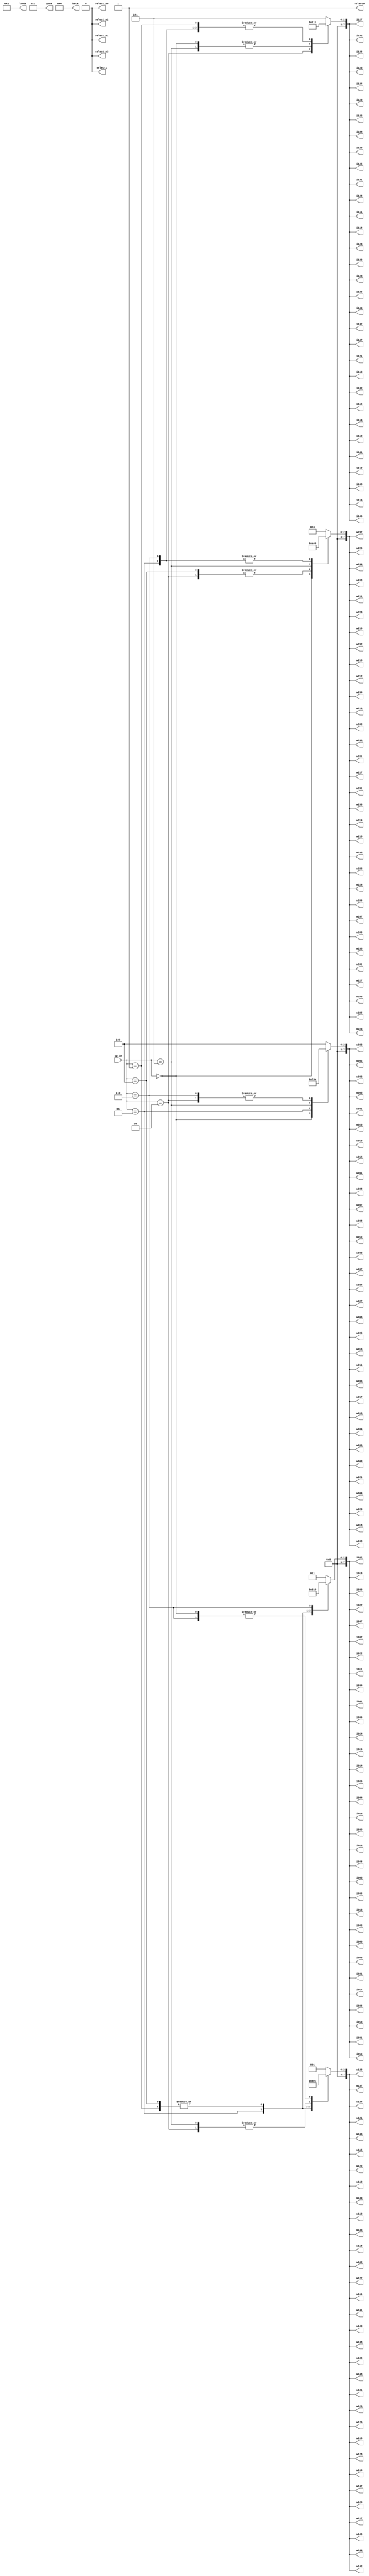
module GC_IN(sw_in,i011,i012,i013,i014,i015,i016,i017,i018,i021,i022,i023,i024,i025,i026,i027,i028,i031,i032,i033,i034,i035,i036,i037,i038,i041,i042,i043,i044,i045,i046,i047,i048
,i111,i112,i113,i114,i115,i116,i117,i118,i121,i122,i123,i124,i125,i126,i127,i128,i131,i132,i133,i134,i135,i136,i137,i138,i141,i142,i143,i144,i145,i146,i147,i148
,w011,w012,w013,w014,w015,w016,w017,w018,w021,w022,w023,w024,w025,w026,w027,w028,w031,w032,w033,w034,w035,w036,w037,w038,w041,w042,w043,w044,w045,w046,w047,w048
,w111,w112,w113,w114,w115,w116,w117,w118,w121,w122,w123,w124,w125,w126,w127,w128,w131,w132,w133,w134,w135,w136,w137,w138,w141,w142,w143,w144,w145,w146,w147,w148
,w211,w212,w213,w214,w215,w216,w217,w218,w221,w222,w223,w224,w225,w226,w227,w228,w231,w232,w233,w234,w235,w236,w237,w238,w241,w242,w243,w244,w245,w246,w247,w248
,lunda,gama,beta,select_m0,select_m1,select_m2,select_m3,select0,select1);
parameter N=8;

input [2:0]sw_in;

//Select and reset,clk
output reg select_m0,select_m1,select_m2,select_m3,select0,select1;

//Port
output reg[N-1:0]
//input
i011,i012,i013,i014,i015,i016,i017,i018,i021,i022,i023,i024,i025,i026,i027,i028,i031,i032,i033,i034,i035,i036,i037,i038,i041,i042,i043,i044,i045,i046,i047,i048
,i111,i112,i113,i114,i115,i116,i117,i118,i121,i122,i123,i124,i125,i126,i127,i128,i131,i132,i133,i134,i135,i136,i137,i138,i141,i142,i143,i144,i145,i146,i147,i148
//weight
,w011,w012,w013,w014,w015,w016,w017,w018,w021,w022,w023,w024,w025,w026,w027,w028,w031,w032,w033,w034,w035,w036,w037,w038,w041,w042,w043,w044,w045,w046,w047,w048
,w111,w112,w113,w114,w115,w116,w117,w118,w121,w122,w123,w124,w125,w126,w127,w128,w131,w132,w133,w134,w135,w136,w137,w138,w141,w142,w143,w144,w145,w146,w147,w148
,w211,w212,w213,w214,w215,w216,w217,w218,w221,w222,w223,w224,w225,w226,w227,w228,w231,w232,w233,w234,w235,w236,w237,w238,w241,w242,w243,w244,w245,w246,w247,w248;
output reg [2*N-1:0]lunda,gama,beta;
//output



always@(sw_in)
begin 
    case(sw_in)
	3'b000:
begin
select_m0=0;select_m1=0;select_m2=0;select_m3=0;select0=1;select1=0;
i011=1;i012=1;i013=1;i014=1;i015=1;i016=1;i017=1;i018=1;i021=1;i022=1;i023=1;i024=1;i025=1;i026=1;i027=1;i028=1;i031=1;i032=1;i033=1;i034=1;i035=1;i036=1;
i037=1;i038=1;i041=1;i042=1;i043=1;i044=1;i045=1;i046=1;i047=1;i048=1;i111=2;i112=2;i113=2;i114=2;i115=2;i116=2;i117=2;i118=2;i121=2;i122=2;i123=2;i124=2;
i125=2;i126=2;i127=2;i128=2;i131=2;i132=2;i133=2;i134=2;i135=2;i136=2;i137=2;i138=2;i141=2;i142=2;i143=2;i144=2;i145=2;i146=2;i147=2;i148=2;w011=3;w012=3;
w013=3;w014=3;w015=3;w016=3;w017=3;w018=3;w021=3;w022=3;w023=3;w024=3;w025=3;w026=3;w027=3;w028=3;w031=3;w032=3;w033=3;w034=3;w035=3;w036=3;w037=3;w038=3;
w041=3;w042=3;w043=3;w044=3;w045=3;w046=3;w047=3;w048=3;w111=4;w112=4;w113=4;w114=4;w115=4;w116=4;w117=4;w118=4;w121=4;w122=4;w123=4;w124=4;w125=4;w126=4;
w127=4;w128=4;w131=4;w132=4;w133=4;w134=4;w135=4;w136=4;w137=4;w138=4;w141=4;w142=4;w143=4;w144=4;w145=4;w146=4;w147=4;w148=4;w211=5;w212=5;w213=5;w214=5;
w215=5;w216=5;w217=5;w218=5;w221=5;w222=5;w223=5;w224=5;w225=5;w226=5;w227=5;w228=5;w231=5;w232=5;w233=5;w234=5;w235=5;w236=5;w237=5;w238=5;w241=5;w242=5;
w243=5;w244=5;w245=5;w246=5;w247=5;w248=5;lunda=2;gama=3;beta=4;
end

	3'b001:
begin
select_m0=0;select_m1=0;select_m2=0;select_m3=0;select0=1;select1=0;
i011=2;i012=2;i013=2;i014=2;i015=2;i016=2;i017=2;i018=2;i021=2;i022=2;i023=2;i024=2;i025=2;i026=2;i027=2;i028=2;i031=2;i032=2;i033=2;i034=2;i035=2;i036=2;
i037=2;i038=2;i041=2;i042=2;i043=2;i044=2;i045=2;i046=2;i047=2;i048=2;i111=1;i112=1;i113=1;i114=1;i115=1;i116=1;i117=1;i118=1;i121=1;i122=1;i123=1;i124=1;
i125=1;i126=1;i127=1;i128=1;i131=1;i132=1;i133=1;i134=1;i135=1;i136=1;i137=1;i138=1;i141=1;i142=1;i143=1;i144=1;i145=1;i146=1;i147=1;i148=1;w011=4;w012=4;
w013=4;w014=4;w015=4;w016=4;w017=4;w018=4;w021=4;w022=4;w023=4;w024=4;w025=4;w026=4;w027=4;w028=4;w031=4;w032=4;w033=4;w034=4;w035=4;w036=4;w037=4;w038=4;
w041=4;w042=4;w043=4;w044=4;w045=4;w046=4;w047=4;w048=4;w111=3;w112=3;w113=3;w114=3;w115=3;w116=3;w117=3;w118=3;w121=3;w122=3;w123=3;w124=3;w125=3;w126=3;
w127=3;w128=3;w131=3;w132=3;w133=3;w134=3;w135=3;w136=3;w137=3;w138=3;w141=3;w142=3;w143=3;w144=3;w145=3;w146=3;w147=3;w148=3;w211=2;w212=2;w213=2;w214=2;
w215=2;w216=2;w217=2;w218=2;w221=2;w222=2;w223=2;w224=2;w225=2;w226=2;w227=2;w228=2;w231=2;w232=2;w233=2;w234=2;w235=2;w236=2;w237=2;w238=2;w241=2;w242=2;
w243=2;w244=2;w245=2;w246=2;w247=2;w248=2;lunda=2;gama=3;beta=4;
end

	3'b010:
begin
select_m0=0;select_m1=0;select_m2=0;select_m3=0;select0=1;select1=0;
i011=3;i012=3;i013=3;i014=3;i015=3;i016=3;i017=3;i018=3;i021=3;i022=3;i023=3;i024=3;i025=3;i026=3;i027=3;i028=3;i031=3;i032=3;i033=3;i034=3;i035=3;i036=3;
i037=3;i038=3;i041=3;i042=3;i043=3;i044=3;i045=3;i046=3;i047=3;i048=3;i111=4;i112=4;i113=4;i114=4;i115=4;i116=4;i117=4;i118=4;i121=4;i122=4;i123=4;i124=4;
i125=4;i126=4;i127=4;i128=4;i131=4;i132=4;i133=4;i134=4;i135=4;i136=4;i137=4;i138=4;i141=4;i142=4;i143=4;i144=4;i145=4;i146=4;i147=4;i148=4;w011=2;w012=2;
w013=2;w014=2;w015=2;w016=2;w017=2;w018=2;w021=2;w022=2;w023=2;w024=2;w025=2;w026=2;w027=2;w028=2;w031=2;w032=2;w033=2;w034=2;w035=2;w036=2;w037=2;w038=2;
w041=2;w042=2;w043=2;w044=2;w045=2;w046=2;w047=2;w048=2;w111=5;w112=5;w113=5;w114=5;w115=5;w116=5;w117=5;w118=5;w121=5;w122=5;w123=5;w124=5;w125=5;w126=5;
w127=5;w128=5;w131=5;w132=5;w133=5;w134=5;w135=5;w136=5;w137=5;w138=5;w141=5;w142=5;w143=5;w144=5;w145=5;w146=5;w147=5;w148=5;w211=1;w212=1;w213=1;w214=1;
w215=1;w216=1;w217=1;w218=1;w221=1;w222=1;w223=1;w224=1;w225=1;w226=1;w227=1;w228=1;w231=1;w232=1;w233=1;w234=1;w235=1;w236=1;w237=1;w238=1;w241=1;w242=1;
w243=1;w244=1;w245=1;w246=1;w247=1;w248=1;lunda=2;gama=3;beta=4;
end
	3'b011:
begin
select_m0=0;select_m1=0;select_m2=0;select_m3=0;select0=1;select1=0;
i011=4;i012=4;i013=4;i014=4;i015=4;i016=4;i017=4;i018=4;i021=4;i022=4;i023=4;i024=4;i025=4;i026=4;i027=4;i028=4;i031=4;i032=4;i033=4;i034=4;i035=4;i036=4;
i037=4;i038=4;i041=4;i042=4;i043=4;i044=4;i045=4;i046=4;i047=4;i048=4;i111=1;i112=1;i113=1;i114=1;i115=1;i116=1;i117=1;i118=1;i121=1;i122=1;i123=1;i124=1;
i125=1;i126=1;i127=1;i128=1;i131=1;i132=1;i133=1;i134=1;i135=1;i136=1;i137=1;i138=1;i141=1;i142=1;i143=1;i144=1;i145=1;i146=1;i147=1;i148=1;w011=5;w012=5;
w013=5;w014=5;w015=5;w016=5;w017=5;w018=5;w021=5;w022=5;w023=5;w024=5;w025=5;w026=5;w027=5;w028=5;w031=5;w032=5;w033=5;w034=5;w035=5;w036=5;w037=5;w038=5;
w041=5;w042=5;w043=5;w044=5;w045=5;w046=5;w047=5;w048=5;w111=2;w112=2;w113=2;w114=2;w115=2;w116=2;w117=2;w118=2;w121=2;w122=2;w123=2;w124=2;w125=2;w126=2;
w127=2;w128=2;w131=2;w132=2;w133=2;w134=2;w135=2;w136=2;w137=2;w138=2;w141=2;w142=2;w143=2;w144=2;w145=2;w146=2;w147=2;w148=2;w211=3;w212=3;w213=3;w214=3;
w215=3;w216=3;w217=3;w218=3;w221=3;w222=3;w223=3;w224=3;w225=3;w226=3;w227=3;w228=3;w231=3;w232=3;w233=3;w234=3;w235=3;w236=3;w237=3;w238=3;w241=3;w242=3;
w243=3;w244=3;w245=3;w246=3;w247=3;w248=3;lunda=2;gama=3;beta=4;
end
	3'b100:
begin
select_m0=0;select_m1=0;select_m2=0;select_m3=0;select0=1;select1=0;
i011=2;i012=2;i013=2;i014=2;i015=2;i016=2;i017=2;i018=2;i021=2;i022=2;i023=2;i024=2;i025=2;i026=2;i027=2;i028=2;i031=2;i032=2;i033=2;i034=2;i035=2;i036=2;
i037=2;i038=2;i041=2;i042=2;i043=2;i044=2;i045=2;i046=2;i047=2;i048=2;i111=5;i112=5;i113=5;i114=5;i115=5;i116=5;i117=5;i118=5;i121=5;i122=5;i123=5;i124=5;
i125=5;i126=5;i127=5;i128=5;i131=5;i132=5;i133=5;i134=5;i135=5;i136=5;i137=5;i138=5;i141=5;i142=5;i143=5;i144=5;i145=5;i146=5;i147=5;i148=5;w011=4;w012=4;
w013=4;w014=4;w015=4;w016=4;w017=4;w018=4;w021=4;w022=4;w023=4;w024=4;w025=4;w026=4;w027=4;w028=4;w031=4;w032=4;w033=4;w034=4;w035=4;w036=4;w037=4;w038=4;
w041=4;w042=4;w043=4;w044=4;w045=4;w046=4;w047=4;w048=4;w111=3;w112=3;w113=3;w114=3;w115=3;w116=3;w117=3;w118=3;w121=3;w122=3;w123=3;w124=3;w125=3;w126=3;
w127=3;w128=3;w131=3;w132=3;w133=3;w134=3;w135=3;w136=3;w137=3;w138=3;w141=3;w142=3;w143=3;w144=3;w145=3;w146=3;w147=3;w148=3;w211=1;w212=1;w213=1;w214=1;
w215=1;w216=1;w217=1;w218=1;w221=1;w222=1;w223=1;w224=1;w225=1;w226=1;w227=1;w228=1;w231=1;w232=1;w233=1;w234=1;w235=1;w236=1;w237=1;w238=1;w241=1;w242=1;
w243=1;w244=1;w245=1;w246=1;w247=1;w248=1;lunda=2;gama=3;beta=4;
end
	3'b101:
begin
select_m0=0;select_m1=0;select_m2=0;select_m3=0;select0=1;select1=0;
i011=3;i012=3;i013=3;i014=3;i015=3;i016=3;i017=3;i018=3;i021=3;i022=3;i023=3;i024=3;i025=3;i026=3;i027=3;i028=3;i031=3;i032=3;i033=3;i034=3;i035=3;i036=3;
i037=3;i038=3;i041=3;i042=3;i043=3;i044=3;i045=3;i046=3;i047=3;i048=3;i111=2;i112=2;i113=2;i114=2;i115=2;i116=2;i117=2;i118=2;i121=2;i122=2;i123=2;i124=2;
i125=2;i126=2;i127=2;i128=2;i131=2;i132=2;i133=2;i134=2;i135=2;i136=2;i137=2;i138=2;i141=2;i142=2;i143=2;i144=2;i145=2;i146=2;i147=2;i148=2;w011=1;w012=1;
w013=1;w014=1;w015=1;w016=1;w017=1;w018=1;w021=1;w022=1;w023=1;w024=1;w025=1;w026=1;w027=1;w028=1;w031=1;w032=1;w033=1;w034=1;w035=1;w036=1;w037=1;w038=1;
w041=1;w042=1;w043=1;w044=1;w045=1;w046=1;w047=1;w048=1;w111=5;w112=5;w113=5;w114=5;w115=5;w116=5;w117=5;w118=5;w121=5;w122=5;w123=5;w124=5;w125=5;w126=5;
w127=5;w128=5;w131=5;w132=5;w133=5;w134=5;w135=5;w136=5;w137=5;w138=5;w141=5;w142=5;w143=5;w144=5;w145=5;w146=5;w147=5;w148=5;w211=4;w212=4;w213=4;w214=4;
w215=4;w216=4;w217=4;w218=4;w221=4;w222=4;w223=4;w224=4;w225=4;w226=4;w227=4;w228=4;w231=4;w232=4;w233=4;w234=4;w235=4;w236=4;w237=4;w238=4;w241=4;w242=4;
w243=4;w244=4;w245=4;w246=4;w247=4;w248=4;lunda=2;gama=3;beta=4;
end
	3'b110:
begin
select_m0=0;select_m1=0;select_m2=0;select_m3=0;select0=1;select1=0;
i011=5;i012=5;i013=5;i014=5;i015=5;i016=5;i017=5;i018=5;i021=5;i022=5;i023=5;i024=5;i025=5;i026=5;i027=5;i028=5;i031=5;i032=5;i033=5;i034=5;i035=5;i036=5;
i037=5;i038=5;i041=5;i042=5;i043=5;i044=5;i045=5;i046=5;i047=5;i048=5;i111=1;i112=1;i113=1;i114=1;i115=1;i116=1;i117=1;i118=1;i121=1;i122=1;i123=1;i124=1;
i125=1;i126=1;i127=1;i128=1;i131=1;i132=1;i133=1;i134=1;i135=1;i136=1;i137=1;i138=1;i141=1;i142=1;i143=1;i144=1;i145=1;i146=1;i147=1;i148=1;w011=2;w012=2;
w013=2;w014=2;w015=2;w016=2;w017=2;w018=2;w021=2;w022=2;w023=2;w024=2;w025=2;w026=2;w027=2;w028=2;w031=2;w032=2;w033=2;w034=2;w035=2;w036=2;w037=2;w038=2;
w041=2;w042=2;w043=2;w044=2;w045=2;w046=2;w047=2;w048=2;w111=4;w112=4;w113=4;w114=4;w115=4;w116=4;w117=4;w118=4;w121=4;w122=4;w123=4;w124=4;w125=4;w126=4;
w127=4;w128=4;w131=4;w132=4;w133=4;w134=4;w135=4;w136=4;w137=4;w138=4;w141=4;w142=4;w143=4;w144=4;w145=4;w146=4;w147=4;w148=4;w211=3;w212=3;w213=3;w214=3;
w215=3;w216=3;w217=3;w218=3;w221=3;w222=3;w223=3;w224=3;w225=3;w226=3;w227=3;w228=3;w231=3;w232=3;w233=3;w234=3;w235=3;w236=3;w237=3;w238=3;w241=3;w242=3;
w243=3;w244=3;w245=3;w246=3;w247=3;w248=3;lunda=2;gama=3;beta=4;
end
	default:
begin
select_m0=0;select_m1=0;select_m2=0;select_m3=0;select0=1;select1=0;
i011=3;i012=3;i013=3;i014=3;i015=3;i016=3;i017=3;i018=3;i021=3;i022=3;i023=3;i024=3;i025=3;i026=3;i027=3;i028=3;i031=3;i032=3;i033=3;i034=3;i035=3;i036=3;
i037=3;i038=3;i041=3;i042=3;i043=3;i044=3;i045=3;i046=3;i047=3;i048=3;i111=5;i112=5;i113=5;i114=5;i115=5;i116=5;i117=5;i118=5;i121=5;i122=5;i123=5;i124=5;
i125=5;i126=5;i127=5;i128=5;i131=5;i132=5;i133=5;i134=5;i135=5;i136=5;i137=5;i138=5;i141=5;i142=5;i143=5;i144=5;i145=5;i146=5;i147=5;i148=5;w011=4;w012=4;
w013=4;w014=4;w015=4;w016=4;w017=4;w018=4;w021=4;w022=4;w023=4;w024=4;w025=4;w026=4;w027=4;w028=4;w031=4;w032=4;w033=4;w034=4;w035=4;w036=4;w037=4;w038=4;
w041=4;w042=4;w043=4;w044=4;w045=4;w046=4;w047=4;w048=4;w111=1;w112=1;w113=1;w114=1;w115=1;w116=1;w117=1;w118=1;w121=1;w122=1;w123=1;w124=1;w125=1;w126=1;
w127=1;w128=1;w131=1;w132=1;w133=1;w134=1;w135=1;w136=1;w137=1;w138=1;w141=1;w142=1;w143=1;w144=1;w145=1;w146=1;w147=1;w148=1;w211=2;w212=2;w213=2;w214=2;
w215=2;w216=2;w217=2;w218=2;w221=2;w222=2;w223=2;w224=2;w225=2;w226=2;w227=2;w228=2;w231=2;w232=2;w233=2;w234=2;w235=2;w236=2;w237=2;w238=2;w241=2;w242=2;
w243=2;w244=2;w245=2;w246=2;w247=2;w248=2;lunda=2;gama=3;beta=4;
end
    endcase
end

endmodule